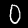
Digit: 0